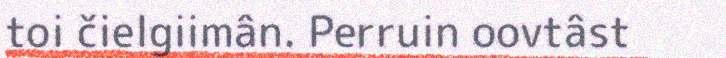
toi čielgiimân. Perruin oovtâst